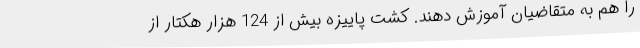
را هم به متقاضیان آموزش دهند. کشت پاییزه بیش از 124 هزار هکتار از